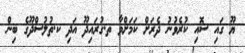
ޔޫ ގައި ސޮއި ކުރެވުނު ދެރަށް ކަމަށްވާ ތ.ގުރައިދޫ އަދި ކ.ތުލުސްދޫގެ ބިން